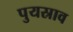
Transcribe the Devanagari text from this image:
पुयस्राव